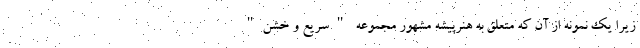
زیرا یک نمونه از آن که متعلق به هنرپیشه مشهور مجموعه "سریع و خشن"